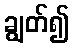
ချွတ်၍